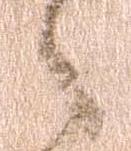
之